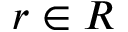
r \in R